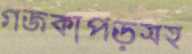
গজকাপড়সহ